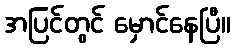
အပြင်တွင် မှောင်နေပြီ။